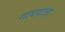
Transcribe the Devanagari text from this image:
गावयात्रा